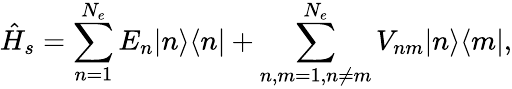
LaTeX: \hat{H}_{s}=\sum_{n=1}^{N_{e}}E_{n}|n\rangle\langle n|+\sum_{n,m=1,n\neq m}^{N_{e}}V_{nm}|n\rangle\langle m|,